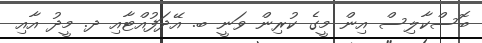
ބޮސްކާލިސް އިން މީގެ ކުރިން ވަނީ ބ. އޭދަފުއްޓާއި ދ. މީދު އާއި